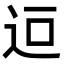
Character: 𮞄